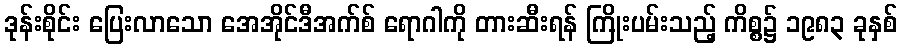
ဒုန်းစိုင်း ပြေးလာသော အေအိုင်ဒီအက်စ် ရောဂါကို တားဆီးရန် ကြိုးပမ်းသည့် ကိစ္စ၌ ၁၉၈၃ ခုနှစ်